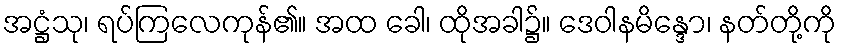
အဋ္ဌံသု၊ ရပ်ကြလေကုန်၏။ အထ ခေါ၊ ထိုအခါ၌။ ဒေဝါနမိန္ဒော၊ နတ်တို့ကို